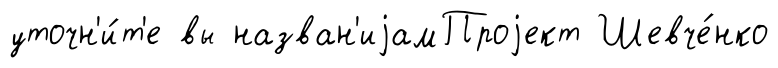
уточн'и́т'е вы назван'иjамПроjект Шевче́нко